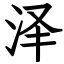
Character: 泽